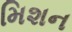
મિશન